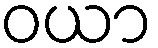
ဝယာ